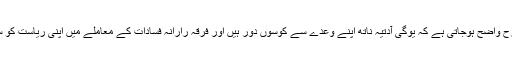
ایسے میں یہ بات پوری طرح واضح ہوجاتی ہے کہ یوگی آدتیہ ناتھ اپنے وعدے سے کوسوں دور ہیں اور فرقہ رارانہ فسادات کے معاملے میں اپنی ریاست کو سر فہرست بنائے ہوئے ہیں۔